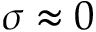
\sigma \approx 0